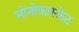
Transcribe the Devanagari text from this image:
मोनोफ़ास्फ़ेट